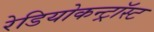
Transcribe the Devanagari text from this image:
रेडियोकन्ट्रॉस्ट